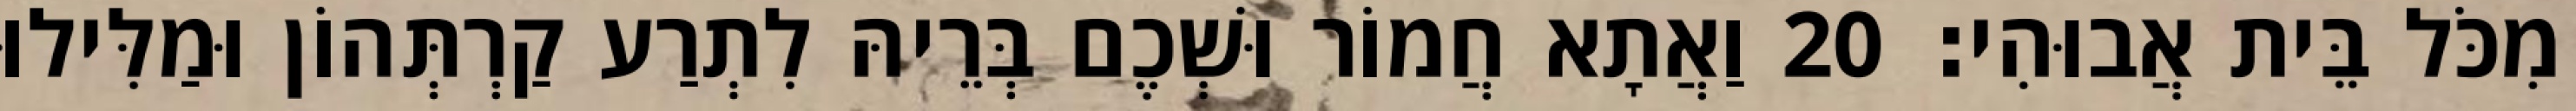
מִכֹּל בֵּית אֲבוּהִי׃ 20 וַאֲתָא חֲמוֹר וּשְׁכֶם בְּרֵיהּ לִתְרַע קַרְתְּהוֹן וּמַלִּילוּ